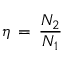
\eta \, = \, \frac { N _ { 2 } } { N _ { 1 } }